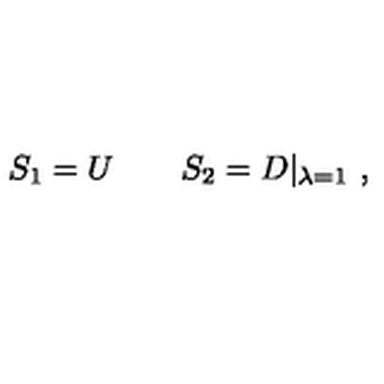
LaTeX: S _ { 1 } = U \qquad S _ { 2 } = D | _ { \lambda = 1 } \ ,